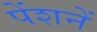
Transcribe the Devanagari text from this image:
पेंशनें